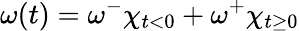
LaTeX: \omega(t)=\omega^{-}\chi_{t<0}+\omega^{+}\chi_{t\geq 0}